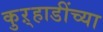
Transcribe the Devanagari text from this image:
कुऱ्हाडींच्या